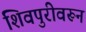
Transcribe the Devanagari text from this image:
शिवपुरीवरून